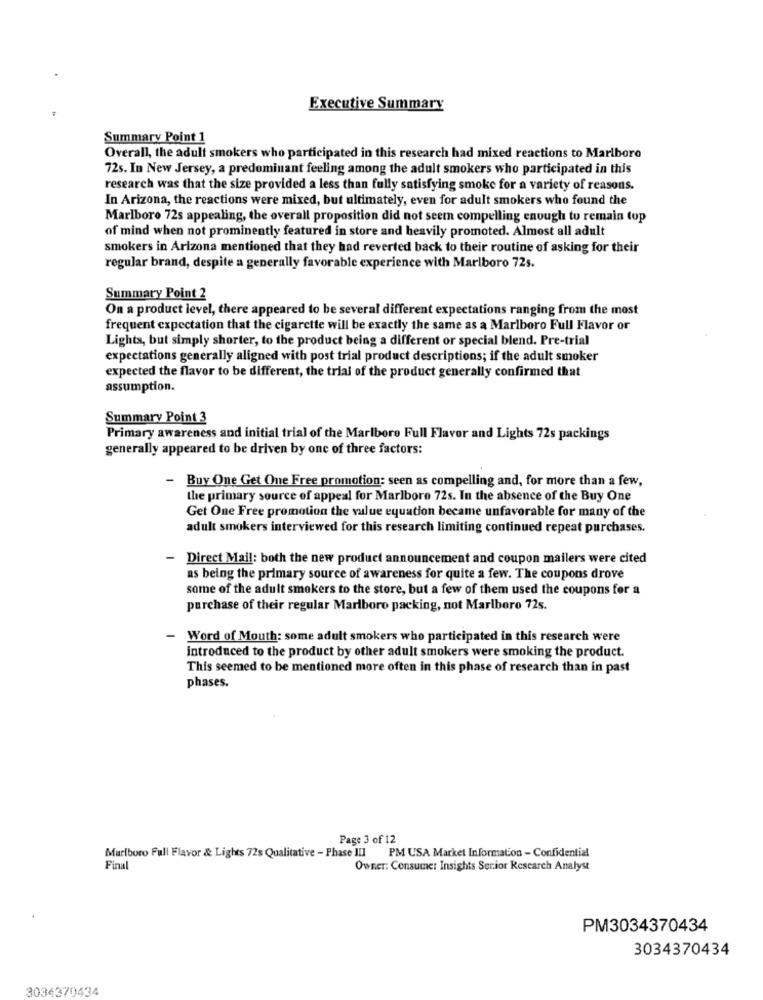
Executive Summary
Summary Point 1
Overall, the adult smokers who participated in this research had mixed reactions to Marlboro
72s. In New Jersey, a predominant feeling among the adult smokers who participated in this
research was that the size provided a less than fully satisfying smoke for a variety of reasons.
In Arizona, the reactions were mixed, but ultimately, even for adult smokers who found the
Marlboro 72s appealing, the overall proposition did not seem compelling enough to remain top
of mind when not prominently featured in store and heavily promoted. Almost all adult
smokers in Arizona mentioned that they had reverted back to their routine of asking for their
regular brand, despite a generally favorable experience with Marlboro 72s.
Summary Point 2
On a product level, there appeared to be several different expectations ranging from the most
frequent expectation that the cigarette will be exactly the same as a Marlboro Full Flavor or
Lights, but simply shorter, to the product being a different or special blend. Pre-trial
expectations generally aligned with post trial product descriptions; if the adult smoker
expected the flavor to be different, the trial of the product generally confirmed that
assumption.
Summary Point 3
Primary awareness and initial trial of the Marlboro Full Flavor and Lights 72s packings
generally appeared to be driven by one of three factors:
-Buy One Get One Free promotion: seen as compelling and, for more than a few,
the primary source of appeal for Marlboro 72s. In the absence of the Buy One
Get One Free promotion the value equation became unfavorable for many of the
adult smokers interviewed for this research limiting continued repeat purchases.
- Direct Mail: both the new product announcement and coupon mailers were cited
as being the primary source of awareness for quite a few. The coupons drove
some of the adult smokers to the store, but a few of them used the coupons for a
purchase of their regular Marlboro packing, not Marlboro 72s.
- Word of Mouth: some adult smokers who participated in this research were
introduced to the product by other adult smokers were smoking the product.
This seemed to be mentioned more often in this phase of research than in past
phases.
Page 3 of 12
Marlboro Full Flavor & Lights 72s Qualitative - Phase III PM USA Market Information - Confidential
Final
Owner: Consumer Insights Senior Research Analyst
PM3034370434
3034370434
3034370434